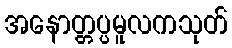
အနောတ္တပ္ပမူလကသုတ်